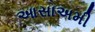
આસાઅમી